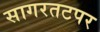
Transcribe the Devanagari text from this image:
सागरतटपर